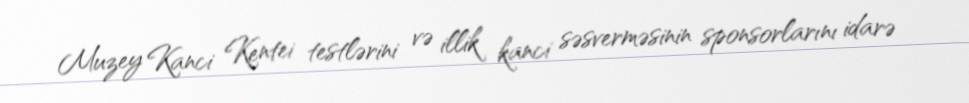
Muzey Kanci Kentei testlərini və illik kanci səsverməsinin sponsorlarını idarə